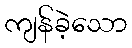
ကျန်ခဲ့သော